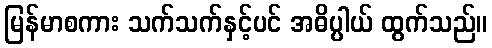
မြန်မာစကား သက်သက်နှင့်ပင် အဓိပ္ပါယ် ထွက်သည်။